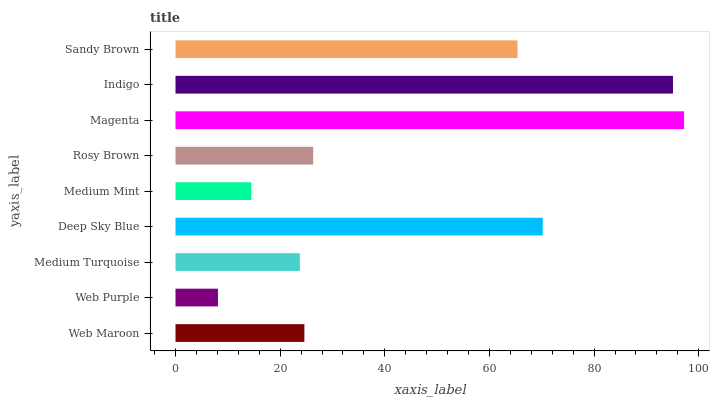
| yaxis_label | bars |
 | --- | --- |
 | Web Maroon | 24.6 |
 | Web Purple | 8.12 |
 | Medium Turquoise | 23.8 |
 | Deep Sky Blue | 70.2 |
 | Medium Mint | 14.5 |
 | Rosy Brown | 26.3 |
 | Magenta | 97.2 |
 | Indigo | 95.1 |
 | Sandy Brown | 65.4 |